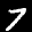
Label: 7